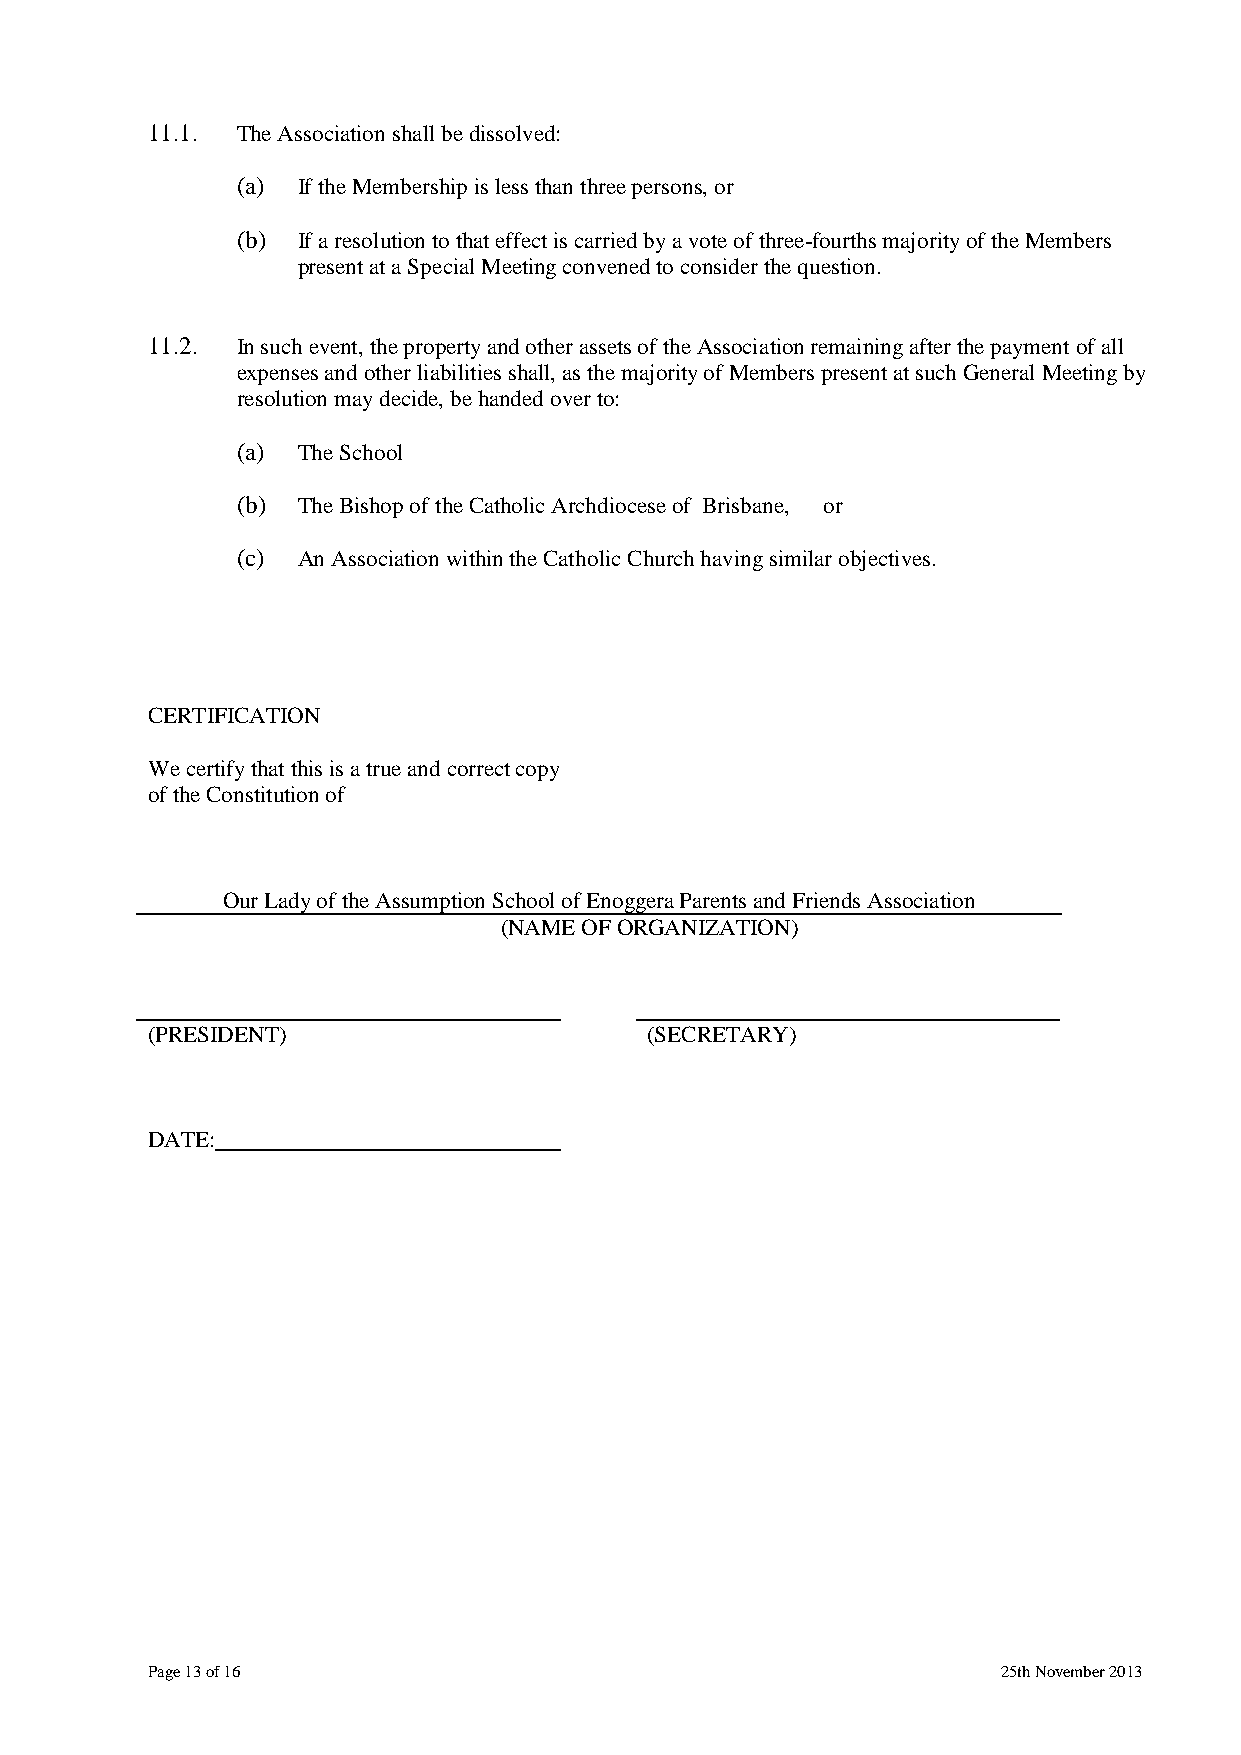
11.1. The Association shall be dissolved:
 (a) If the Membership is less than three persons, or
 (b) If a resolution to that effect is carried by a vote of three-fourths majority of the Members
 present at a Special Meeting convened to consider the question.
 11.2. In such event, the property and other assets of the Association remaining after the payment of all
 expenses and other liabilities shall, as the majority of Members present at such General Meeting by
 resolution may decide, be handed over to:
 (a) The School
 (b) The Bishop of the Catholic Archdiocese of Brisbane, or
 (c) An Association within the Catholic Church having similar objectives.
 CERTIFICATION
 We certify that this is a true and correct copy
 of the Constitution of
 Our Lady of the Assumption School of Enoggera Parents and Friends Association
 (NAME OF ORGANIZATION)
 (PRESIDENT)                      (SECRETARY)
 DATE:
 Page 13 of 16                                           25th November 2013